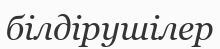
білдірушілер